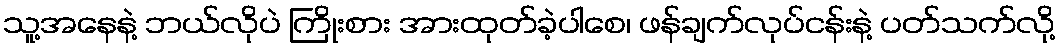
သူ့အနေနဲ့ ဘယ်လိုပဲ ကြိုးစား အားထုတ်ခဲ့ပါစေ၊ ဖန်ချက်လုပ်ငန်းနဲ့ ပတ်သက်လို့